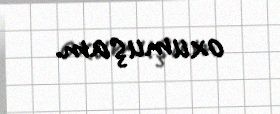
oxumuşam.